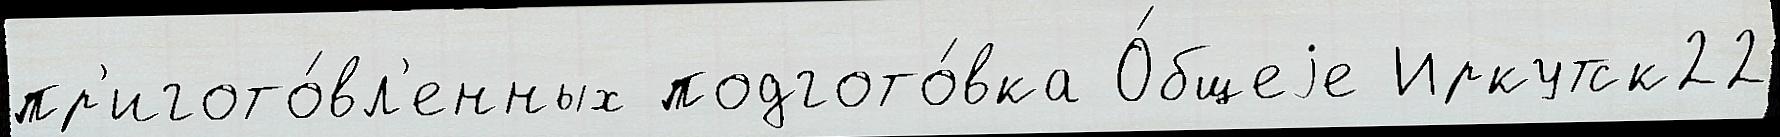
пр'игото́вл'енных подгото́вка О́бщеjе Иркутск22